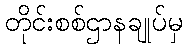
တိုင်းစစ်ဌာနချုပ်မှ